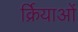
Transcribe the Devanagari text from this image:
र्क्रियाओं